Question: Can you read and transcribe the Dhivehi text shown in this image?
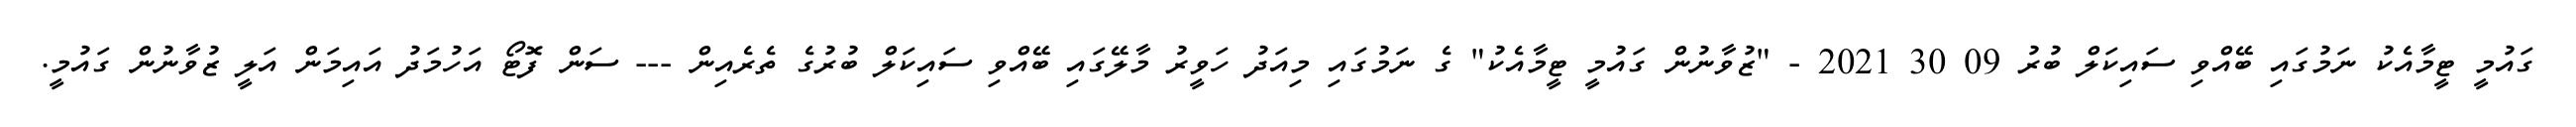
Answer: ގައުމީ ޓީމާއެކު ނަމުގައި ބޭއްވި ސައިކަލް ބުރު 09 30 2021 - "ޒުވާނުން ގައުމީ ޓީމާއެކު" ގެ ނަމުގައި މިއަދު ހަވީރު މާލޭގައި ބޭއްވި ސައިކަލް ބުރުގެ ތެރެއިން --- ސަން ފޮޓޯ އަހުމަދު އައިމަން އަލީ ޒުވާނުން ގައުމީ.